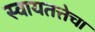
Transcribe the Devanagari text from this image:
स्वायतत्तेचा